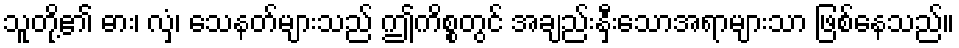
သူတို့၏ ဓား၊ လှံ၊ သေနတ်များသည် ဤကိစ္စတွင် အချည်းနှီးသောအရာများသာ ဖြစ်နေသည်။